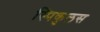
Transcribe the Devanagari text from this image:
स्पिकुलस